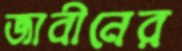
জাবীনের